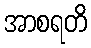
အာစရတိ